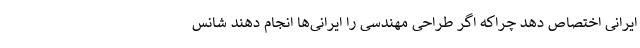
ایرانی اختصاص دهد چراکه اگر طراحی مهندسی را ایرانی‌ها انجام دهند شانس